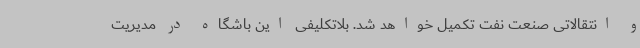
و انتقالاتی صنعت نفت تکمیل خواهد شد. بلاتکلیفی این باشگاه در مدیریت